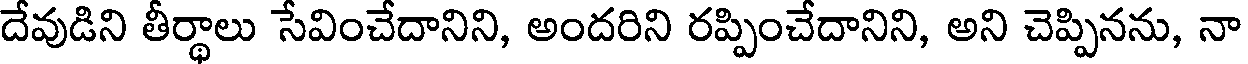
దేవుడిని తీర్థాలు సేవించేదానిని, అందరిని రప్పించేదానిని, అని చెప్పినను, నా